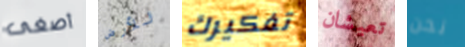
أصغى للأرض تفكيرك تعيشان نحن